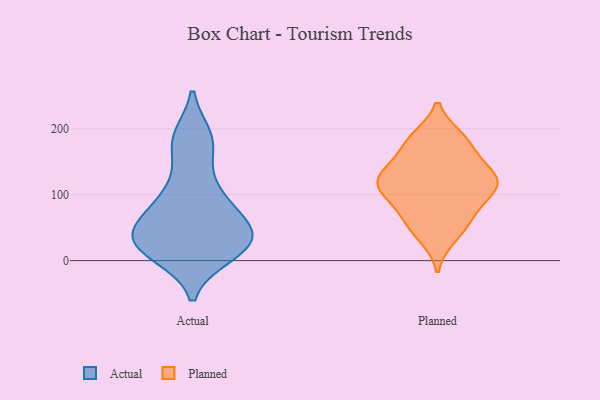
{"axis": {"x": "Gross Profit (USD K)", "y": "Value"}, "legend": ["Actual", "Planned"], "data": [{"x": "", "y": 10, "type": "Actual"}, {"x": "", "y": 17, "type": "Actual"}, {"x": "", "y": 41, "type": "Actual"}, {"x": "", "y": 186, "type": "Actual"}, {"x": "", "y": 99, "type": "Actual"}, {"x": "", "y": 17, "type": "Actual"}, {"x": "", "y": 177, "type": "Actual"}, {"x": "", "y": 181, "type": "Actual"}, {"x": "", "y": 54, "type": "Actual"}, {"x": "", "y": 114, "type": "Actual"}, {"x": "", "y": 35, "type": "Actual"}, {"x": "", "y": 84, "type": "Actual"}, {"x": "", "y": 34, "type": "Actual"}, {"x": "", "y": 69, "type": "Actual"}, {"x": "", "y": 39, "type": "Actual"}, {"x": "", "y": 23, "type": "Actual"}, {"x": "", "y": 161, "type": "Planned"}, {"x": "", "y": 117, "type": "Planned"}, {"x": "", "y": 36, "type": "Planned"}, {"x": "", "y": 181, "type": "Planned"}, {"x": "", "y": 117, "type": "Planned"}, {"x": "", "y": 128, "type": "Planned"}, {"x": "", "y": 130, "type": "Planned"}, {"x": "", "y": 65, "type": "Planned"}, {"x": "", "y": 90, "type": "Planned"}, {"x": "", "y": 183, "type": "Planned"}, {"x": "", "y": 122, "type": "Planned"}, {"x": "", "y": 139, "type": "Planned"}, {"x": "", "y": 47, "type": "Planned"}, {"x": "", "y": 186, "type": "Planned"}, {"x": "", "y": 109, "type": "Planned"}, {"x": "", "y": 69, "type": "Planned"}, {"x": "", "y": 101, "type": "Planned"}]}